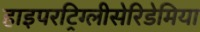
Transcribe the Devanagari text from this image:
हाइपरट्रिग्लीसेरिडेमिया